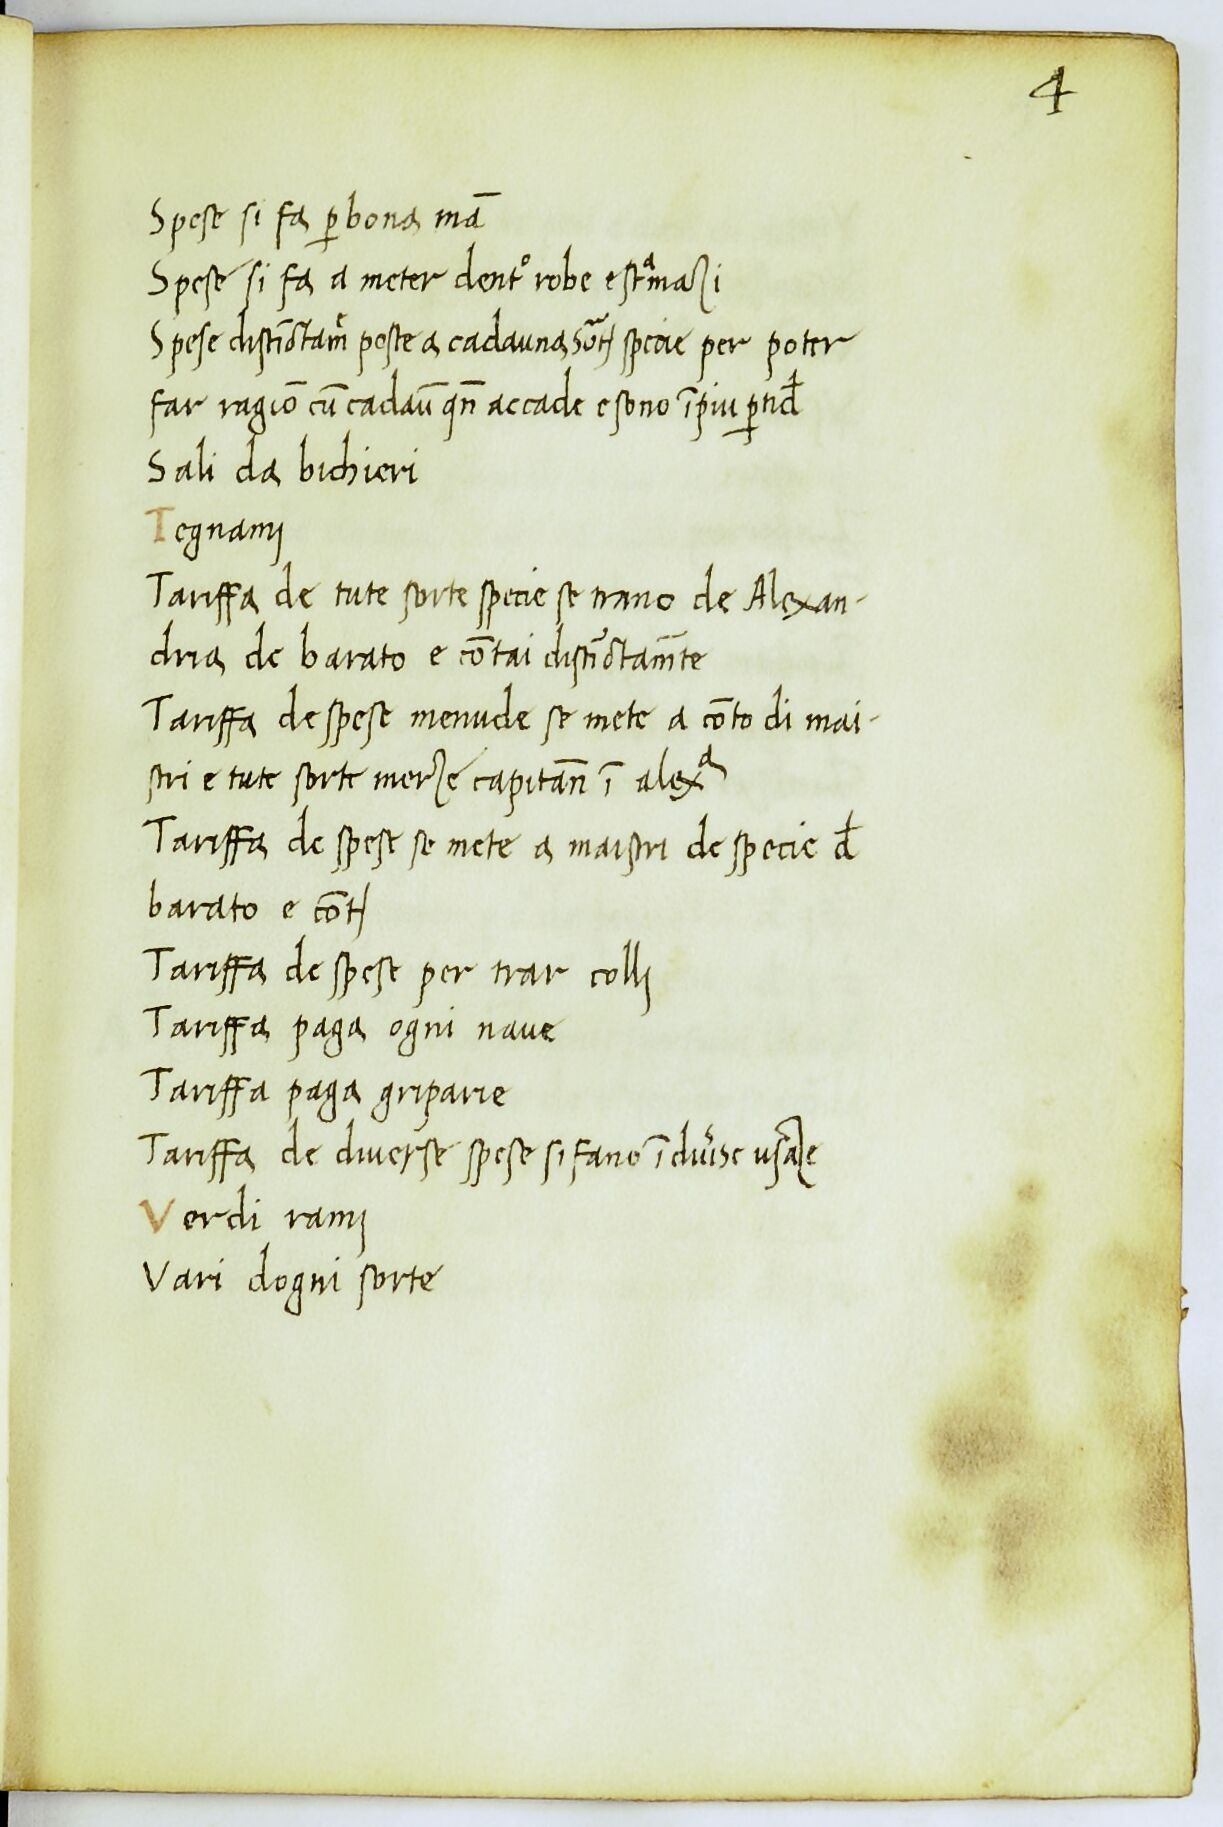
Shelfmark: Paris, BnF, ita. 912
Century: 14